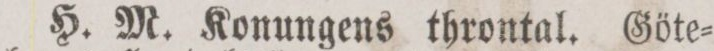
H. M. Konungens throntal. Göte=